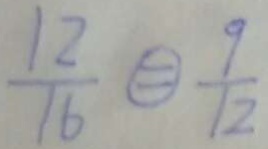
\frac { 1 2 } { 1 6 } \textcircled { = } \frac { 9 } { 1 2 }